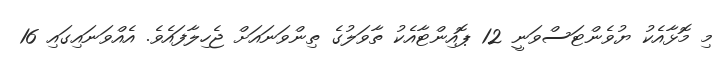
މި މޮޅާއެކު ޔުވެންޓަސްވަނީ 12 ޕޮއިންޓާއެކު ތާވަލުގެ ތިންވަނައަށް ޖެހިލާފައެވެ. އެއްވަނައިގައި 16